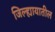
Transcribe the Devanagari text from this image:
जिल्ह्यायातील